Scottish Certificate of Education, 1962
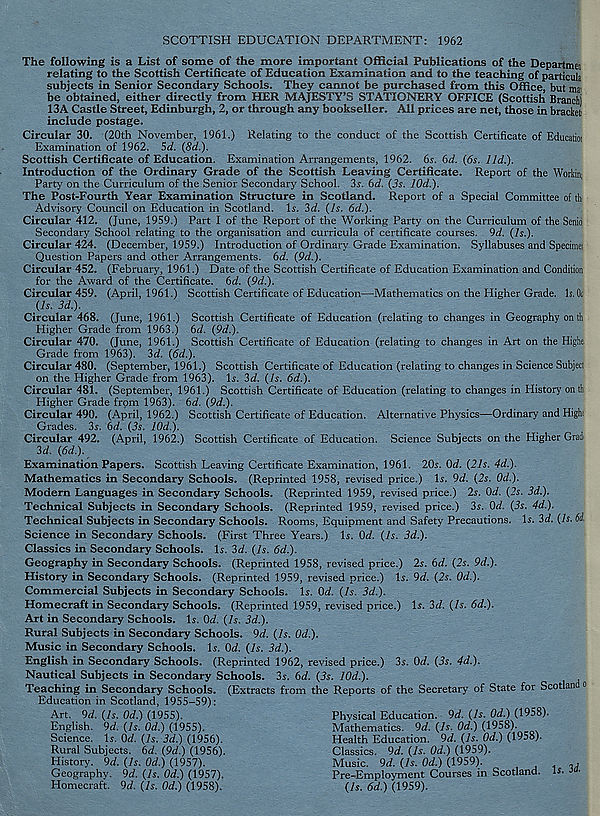
SCOTTISH EDUCATION DEPARTMENT: 1962
The following is a List of some of the more important Official Publications of the Departme
relating to the Scottish Certificate of Education Examination and to the teaching of particula
subjects in Senior Secondary Schools. They cannot be purchased from this Office, but ma
be obtained, either directly from HER MAJESTY’S STATIONERY OFFICE (Scottish Branch)
13A Castle Street, Edinburgh, 2, or through any bookseller. All prices are net, those in bracket
include postage.
Circular 30. (20th November, 1961.) Relating to the conduct of the Scottish Certificate of Educatioi
Examination of 1962, 5d. (8d.).
Scottish Certificate of Education. Examination Arrangements, 1962. 6s. 6d. (6s. lid.).
Introduction of the Ordinary Grade of the Scottish Leaving Certificate. Report of the Workin;
Party on the Curriculum of the Senior Secondary School. 3s. 6d. (3s. 10d.).
The Post-Fourth Year Examination Structure in Scotland. Report of a Special Committee of th
Advisory Council on Education in Scotland. Is. 2d. (Is. 6d.).
Circular 412. (June, 1959.) Part I of the Report of the Working Party on the Curriculum of the Senio
Secondary School relating to the organisation and curricula of certificate courses. 9d. (Is.).
Circular 424. (December, 1959.) Introduction of Ordinary Grade Examination. Syllabuses and Specimei
Question Papers and other Arrangements. 6d. (9d.).
Circular 452. (February, 1961.) Date of the Scottish Certificate of Education Examination and Condition
for the Award of the Certificate. 6d. (9d.).
Circular 459. (April, 1961.) Scottish Certificate of Education—Mathematics on the Higher Grade. Is. Ot
(Is. 3d.).
Circular 468. (June, 1961.) Scottish Certificate of Education (relating to changes in Geography on th
Higher Grade from 1963.) 6d. (9d.).
Circular 470. (June, 1961.) Scottish Certificate of Education (relating to changes in Art on the Highe
Grade from 1963). 2d. (6d.).
Circular 480. (September, 1961.) Scottish Certificate of Education (relating to changes in Science Subject
on the Higher Grade from 1963). Is. 2d. (Is. 6d.).
Circular 481. (September, 1961.) Scottish Certificate of Education (relating to changes in History on th
Higher Grade from 1963). 6d. (9d.).
Circular 490. (April, 1962.) Scottish Certificate of Education. Alternative Physics—Ordinary and High
Grades. 3s. 6d. (3s. 10d.).
Circular 492. (April, 1962.) Scottish Certificate of Education. Science Subjects on the Higher Grad
2d. (6d.).
Examination Papers. Scottish Leaving Certificate Examination, 1961. 20s. Qd. (21s. 4d.).
Mathematics in Secondary Schools. (Reprinted 1958, revised price.) Is. 9d. (2s. 0d.).
Modern Languages in Secondary Schools. (Reprinted 1959, revised price.) 2s. Od. (2s. 3d.).
Technical Subjects in Secondary Schools. (Reprinted 1959, revised price.) 3s. Od. (3s. 4d.).
Technical Subjects in Secondary Schools. Rooms, Equipment and Safety Precautions. Is. 2d. (Is. 6i
Science in Secondary Schools. (First Three Years.) Is. Od. (Is. 3d.).
Classics in Secondary Schools. Is. 3d. (Is. 6d.).
Geography in Secondary Schools. (Reprinted 1958, revised price.) 2s. 6d. (2s. 9d.).
History in Secondary Schools. (Reprinted 1959, revised price.) Is. 9d. (2s. 0d.).
Commercial Subjects in Secondary Schools. Is. Od. (Is. 3d.).
Homecraft in Secondary Schools. (Reprinted 1959, revised price.) Is. 3d. (Is. 6d.).
Art in Secondary Schools. Is. Od. (7s. 3d.).
Rural Subjects in Secondary Schools. 9d. (Is. 0d.).
Music in Secondary Schools. Is. Od. (7s. 3d.).
English in Secondary Schools. (Reprinted 1962, revised price.) 3s. Od. (3s. 4d.).
Nautical Subjects in Secondary Schools. 3s. 6d. (3s. 10d.).
Teaching in Secondary Schools. (Extracts from the Reports of the Secretary of State for Scotian o
Education in Scotland, 1955-59):
Art. 9d. (Is. Od.) (1955).
Physical Education. 9d. (Is. Od.) (1958).
English. 9d. (Is. Od.) (1955).
Mathematics. 9d. (Is. Od.) (1958).
Science. Is. Od. (Is. 3d.) (1956).
Health Education. 9d. (7s. Od.) (1958).
Rural Subjects. 6d. (9d.) (1956).
Classics. 9d. (Is. Od.) (1959).
History. 9d. (Is. Od.) (1957).
Music. 9d. (Is. Od.) (1959).
, j
,
Geography. 9d. (7s. Od.) (1957).
Pre-Employment Courses in Scotland, is. J •
Homecraft. 9d. (Is. Od.) (1958).
(Is. 6d.) (1959).